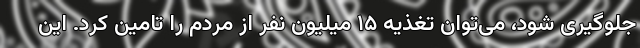
جلوگیری شود، می‌توان تغذیه ۱۵ میلیون نفر از مردم را تامین کرد. این